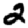
Digit: 2